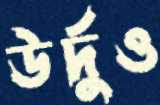
উর্দুও